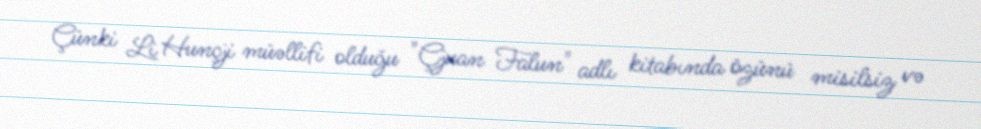
Çünki Li Hunçji müəllifi olduğu "Çjuan Falun" adlı kitabında özünü misilsiz və